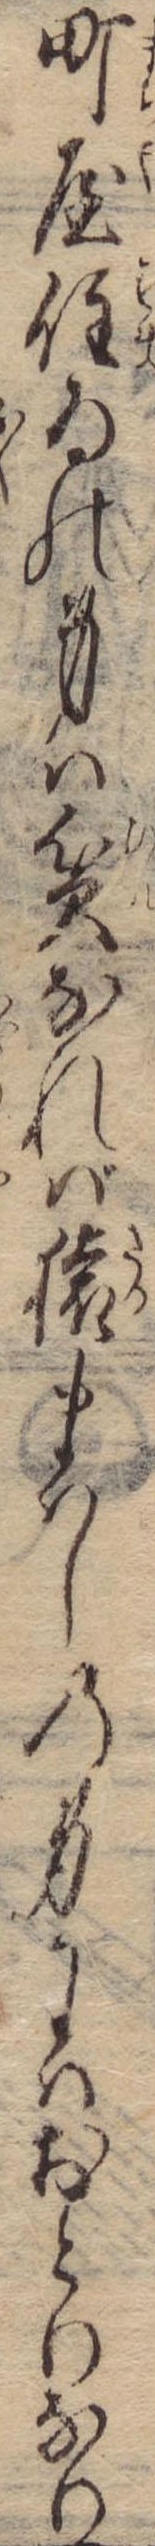
町屋住ゐの身は貧なれば猿まはしの身にはおとりなり